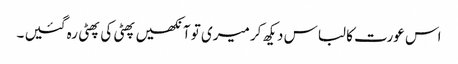
اس عورت کا لباس دیکھ کر میری تو آنکھیں پھٹی کی پھٹی رہ گئیں ۔